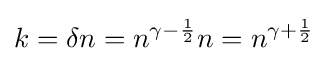
k=\delta n=n^{\gamma -{\frac {1}{2}}}n=n^{\gamma +{\frac {1}{2}}}